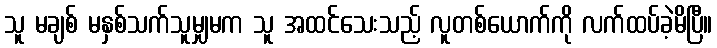
သူ မချစ် မနှစ်သက်သူမျှမက သူ အထင်သေးသည့် လူတစ်ယောက်ကို လက်ထပ်ခဲ့မိပြီ။